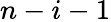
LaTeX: n-i-1